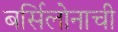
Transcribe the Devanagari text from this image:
बर्सिलोनाची